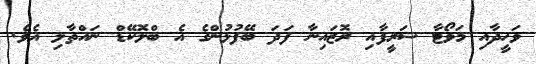
ވަހީދާއި މަވޯޓާ ޝަރީފާއި ރޮޒައިނާ ފަދަ ބޭފުޅުންގެ އެ ބްލޮކޭޑް ނައްތާލި އެވެ.